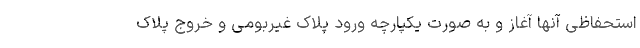
استحفاظی آنها آغاز و به صورت یکپارچه ورود پلاک غیربومی و خروج پلاک